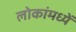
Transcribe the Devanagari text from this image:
लोकांमध्यें